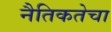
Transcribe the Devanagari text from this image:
नैतिकतेचा